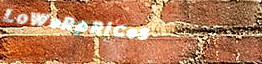
LoWeRpRiCeS